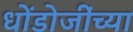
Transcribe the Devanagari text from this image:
धोंडोजींच्या